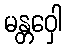
မန္တဝှေါ